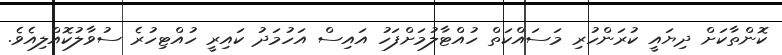
ކޮންތާކަށް ދިޔައީ ކުރަންހުރި މަސައްކަތް ހުއްޓާލުމަށްފަހު އައިސް އަހުމަދު ކައިރީ ހުއްޓިހުރެ ސުވާލުކޮއްލިއެވެ.